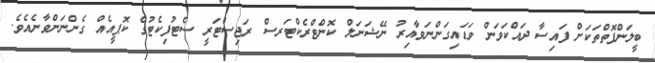
ބީލަންފޮތްތަކަށް ފައިސާ ދައްކަވަން ވަޑައިގަންނަވާއިރު ނޭޝަނަލް ކޮންޓްރެކްޓަރސް ރަޖިސްޓަރީ ސެޓުފިކެޓުގެ ކޮޕީއެއް ގެންނަންވާނެއެވެ.